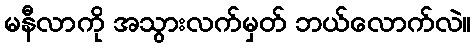
မနီလာကို အသွားလက်မှတ် ဘယ်လောက်လဲ။